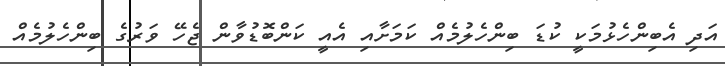
އަދި އެބިންހެޅުމަކީ ކުޑަ ބިންހެލުމެއް ކަމަށާއި އެއީ ކަންބޮޑުވާން ޖެހޭ ވަރުގެ ބިންހެލުމެއް